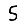
Digit: 5